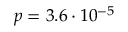
p = 3 . 6 \cdot 1 0 ^ { - 5 }